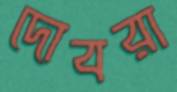
দোবরা